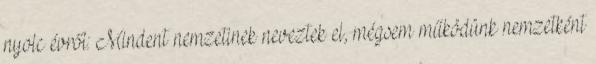
nyolc évről: Mindent nemzetinek neveztek el, mégsem működünk nemzetként